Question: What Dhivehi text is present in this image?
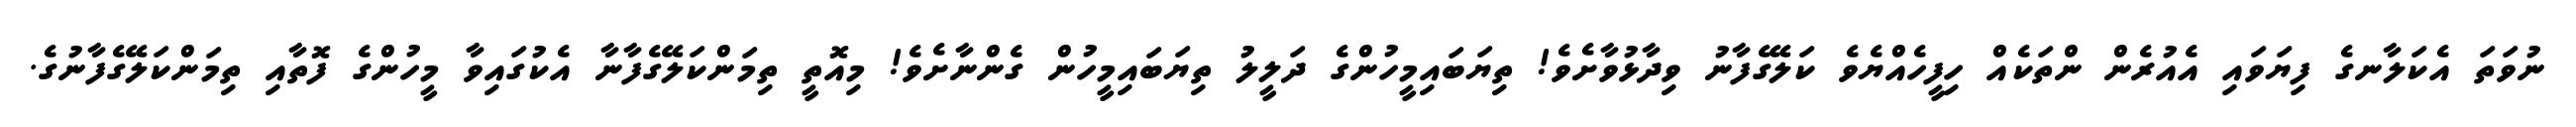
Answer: ނުވަތަ އެކަލާނގެ ފިޔަވައި އެއުރެން ންތަކެއް ހިފީހެއްޔެވެ ކަލޭގެފާނު ވިދާޅުވާށެވެ! ތިޔަބައިމީހުންގެ ދަލީލު ތިޔަބައިމީހުން ގެންނާށެވެ! މިއޮތީ ތިމަންކަލޭގެފާނާ އެކުގައިވާ މީހުންގެ ފޮތާއި ތިމަންކަލޭގެފާނުގެ.